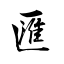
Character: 匯